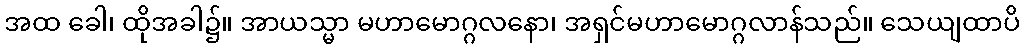
အထ ခေါ၊ ထိုအခါ၌။ အာယသ္မာ မဟာမောဂ္ဂလနော၊ အရှင်မဟာမောဂ္ဂလာန်သည်။ သေယျထာပိ